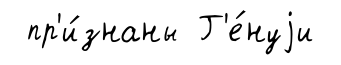
пр'и́знаны Г'е́нуjи